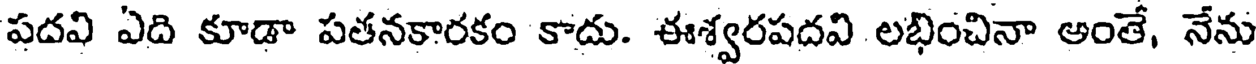
పదవి ఏది కూడా పతనకారకం కాదు. ఈశ్వరపదవి లభించినా అంతే, నేను